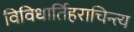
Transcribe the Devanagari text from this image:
विविधार्तिहराचिन्त्य